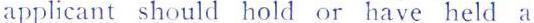
applicant should hold or have held a